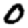
Digit: 0